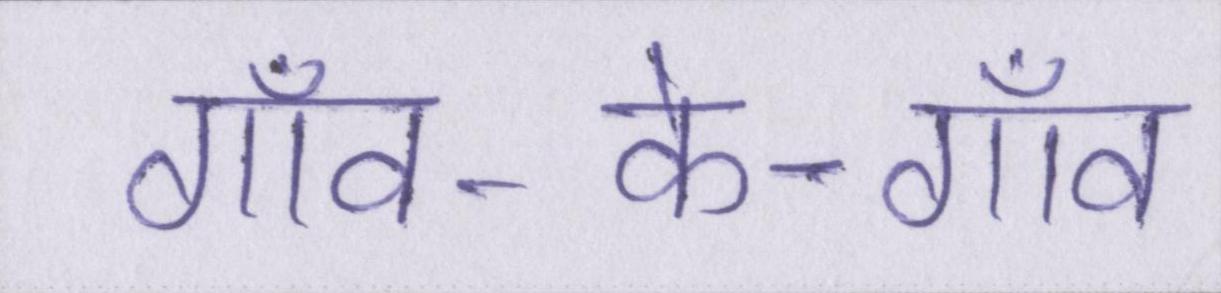
गाँव-के-गाँव